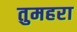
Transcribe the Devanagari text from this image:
तुमहरा